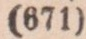
(671)